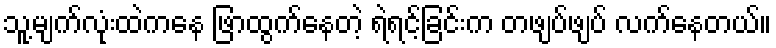
သူ့မျက်လုံးထဲကနေ ဖြာထွက်နေတဲ့ ရဲရင့်ခြင်းက တဖျပ်ဖျပ် လက်နေတယ်။